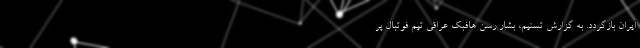
ایران بازگردد. به گزارش تسنیم، بشار رسن هافبک عراقی تیم فوتبال پر